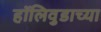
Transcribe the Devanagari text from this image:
हॉलिवुडाच्या